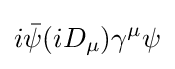
i{\bar {\psi }}(iD_{\mu })\gamma ^{\mu }\psi